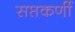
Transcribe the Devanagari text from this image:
सप्तकर्णी